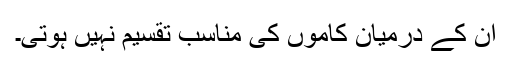
ان کے درمیان کاموں کی مناسب تقسیم نہیں ہوتی۔